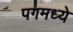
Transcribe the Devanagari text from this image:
पगमध्ये